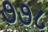
૭૭૮